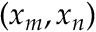
( x _ { m } , x _ { n } )